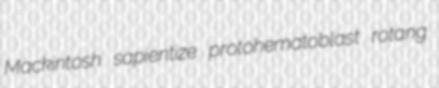
Mackintosh sapientize protohematoblast rotang